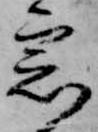
窓